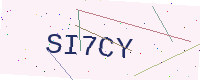
Text: SI7CY